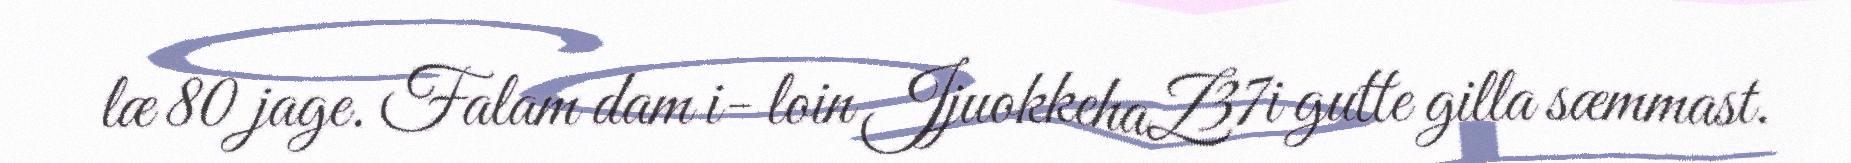
læ 80 jage. Falam dam i- loin JjuokkehaZ37i gutte gilla sæmmast.